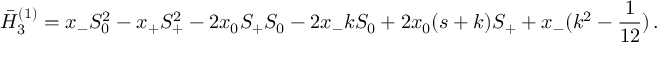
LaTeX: \bar { H } _ { 3 } ^ { ( 1 ) } = x _ { - } S _ { 0 } ^ { 2 } - x _ { + } S _ { + } ^ { 2 } - 2 x _ { 0 } S _ { + } S _ { 0 } - 2 x _ { - } k S _ { 0 } + 2 x _ { 0 } ( s + k ) S _ { + } + x _ { - } ( k ^ { 2 } - \frac { 1 } { 1 2 } ) \, .